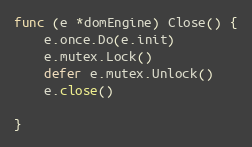
Language: Go
func (e *domEngine) Close() {
	e.once.Do(e.init)
	e.mutex.Lock()
	defer e.mutex.Unlock()
	e.close()

}